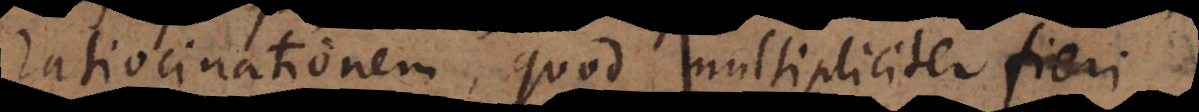
ratiocinationem, quod multipliciter fieri